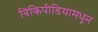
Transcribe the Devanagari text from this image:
विकिपीडियामधून